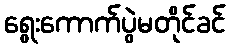
ရွေးကောက်ပွဲမတိုင်ခင်